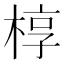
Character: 椁